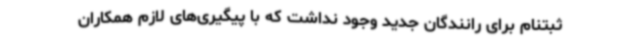
ثبتنام برای رانندگان جدید وجود نداشت که با پیگیری‌های لازم همکاران